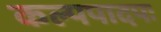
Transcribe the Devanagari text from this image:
कल्पपादपः